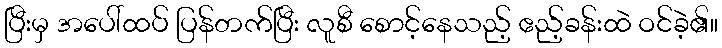
ပြီးမှ အပေါ်ထပ် ပြန်တက်ပြီး လူစီ စောင့်နေသည့် ဧည့်ခန်းထဲ ဝင်ခဲ့၏။